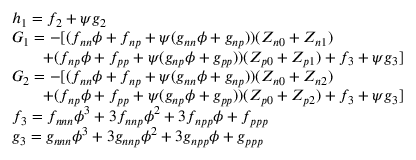
\begin{array} { l } { h _ { 1 } = f _ { 2 } + \psi g _ { 2 } } \\ { G _ { 1 } = - [ ( f _ { n n } \phi + f _ { n p } + \psi ( g _ { n n } \phi + g _ { n p } ) ) ( Z _ { n 0 } + Z _ { n 1 } ) } \\ { \qquad + ( f _ { n p } \phi + f _ { p p } + \psi ( g _ { n p } \phi + g _ { p p } ) ) ( Z _ { p 0 } + Z _ { p 1 } ) + f _ { 3 } + \psi g _ { 3 } ] } \\ { G _ { 2 } = - [ ( f _ { n n } \phi + f _ { n p } + \psi ( g _ { n n } \phi + g _ { n p } ) ) ( Z _ { n 0 } + Z _ { n 2 } ) } \\ { \qquad + ( f _ { n p } \phi + f _ { p p } + \psi ( g _ { n p } \phi + g _ { p p } ) ) ( Z _ { p 0 } + Z _ { p 2 } ) + f _ { 3 } + \psi g _ { 3 } ] } \\ { f _ { 3 } = f _ { n n n } \phi ^ { 3 } + 3 f _ { n n p } \phi ^ { 2 } + 3 f _ { n p p } \phi + f _ { p p p } } \\ { g _ { 3 } = g _ { n n n } \phi ^ { 3 } + 3 g _ { n n p } \phi ^ { 2 } + 3 g _ { n p p } \phi + g _ { p p p } } \end{array}